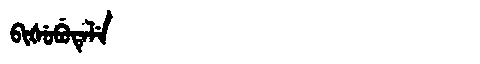
Manchu: ᠪᡳᡧᡠᠪᡠᡨᡝᠯᡝ
Romanization: BIŠUBUTELE